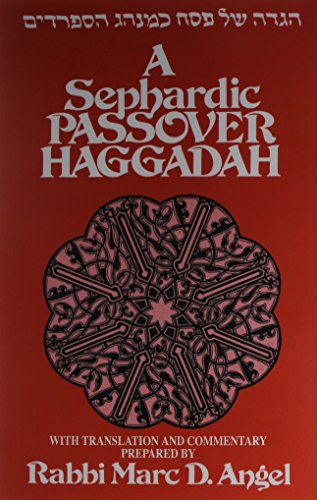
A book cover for A Sephardic Passover Haggadah: With Translation and Commentary; Marc D. Angel; Religion & Spirituality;